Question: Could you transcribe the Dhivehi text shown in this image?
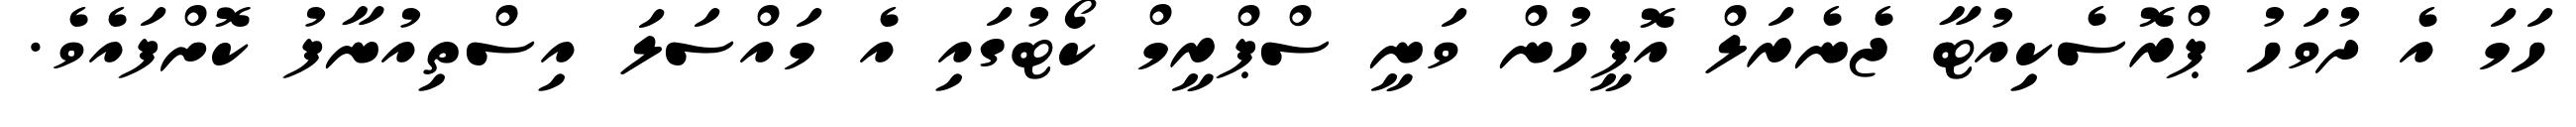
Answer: ހަމަ އެ ދުވަހު ޕްރޮސެކިއުޓާ ޖެނެރަލް އޮފީހުން ވަނީ ސްޕްރީމް ކޯޓުގައި އެ މައްސަލަ އިސްތިއުނާފު ކޮށްފައެވެ.